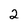
Character: 2